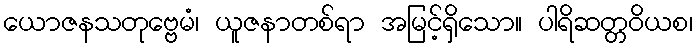
ယောဇနသတုဗ္ဗေမံ၊ ယူဇနာတစ်ရာ အမြင့်ရှိသော။ ပါရိဆတ္တဝိယစ၊